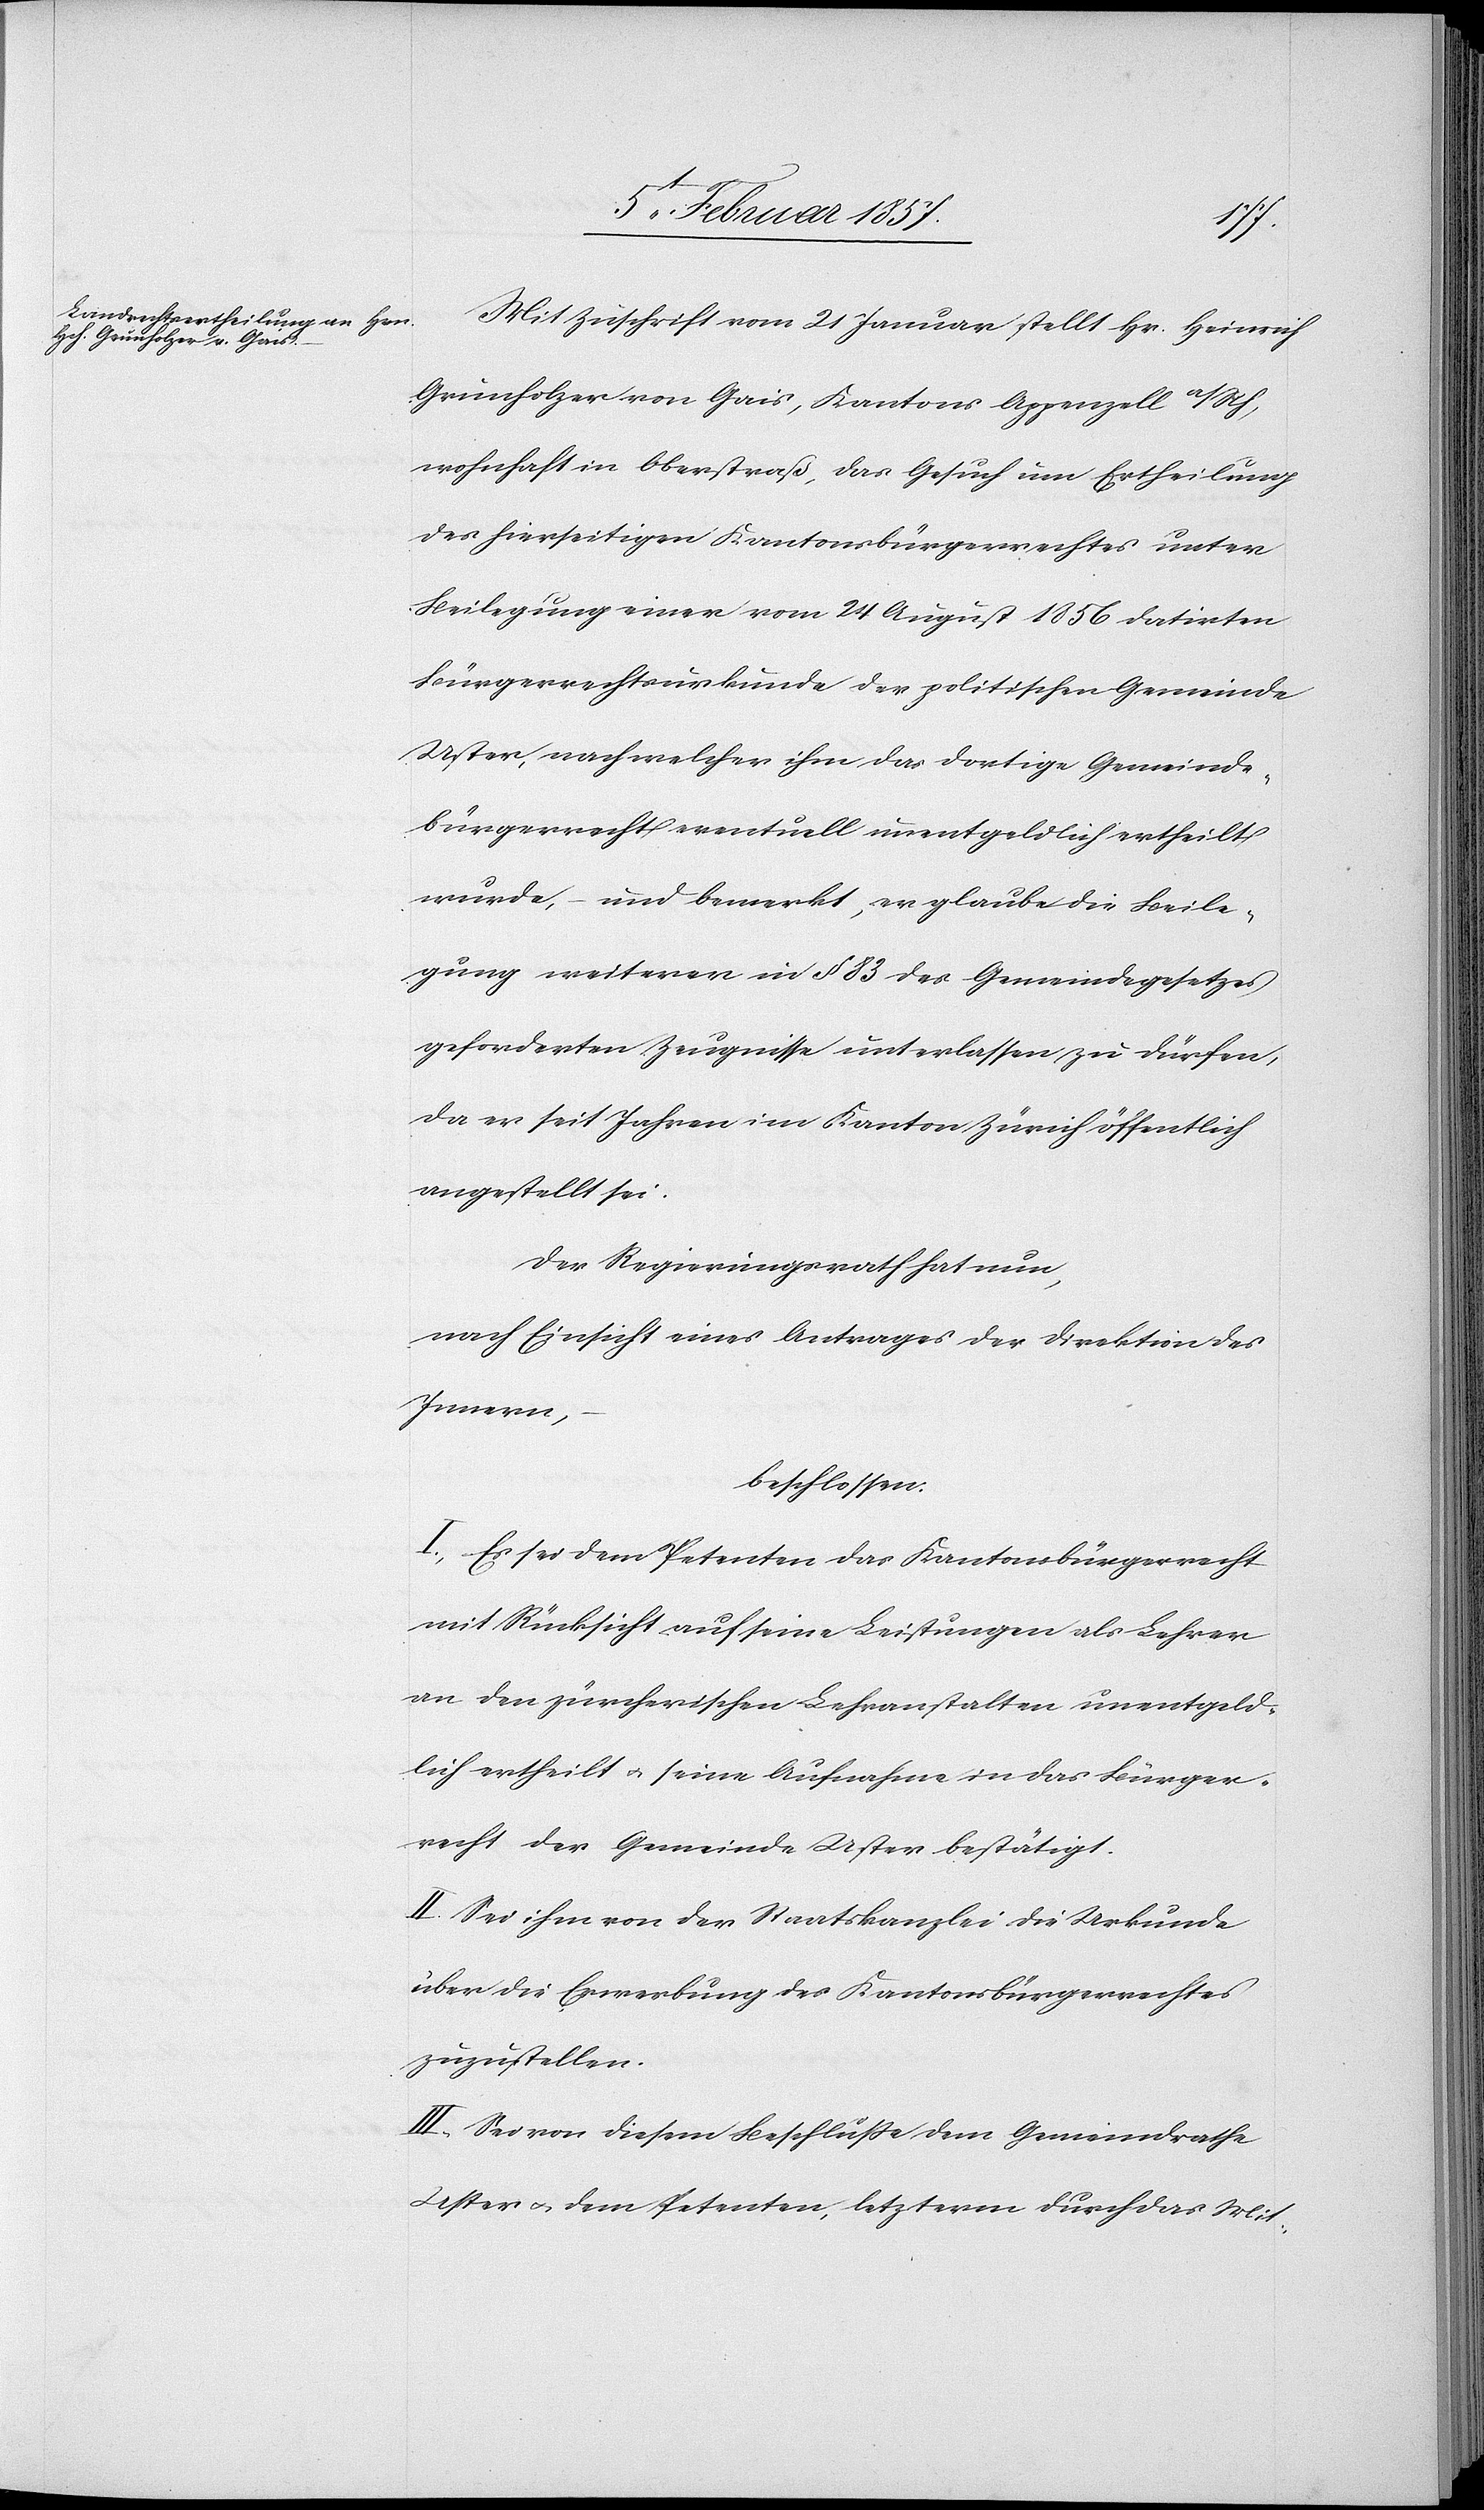
Mit Zuschrift vom 21 Januar stellt Hr. Heinrich
Grimholzer von Gais, Kantons Appenzell a/Rh,
wohnhaft in Oberstraß, das Gesuch um Ertheilung
des hierseitigen Kantonsbürgerrechtes unter
Beilegung einer vom 24 August 1856 datirten
Bürgerrechtsurkunde der politischen Gemeinde
Uster, nach welcher ihm das dortige Gemeinde¬
bürgerrecht eventuell unentgeldlich ertheilt
wurde, – und bemerkt, er glaube die Beile¬
gung weiterer in § 83 des Gemeindegesetzes
geforderten Zeugnisse unterlassen zu dürfen,
da er seit Jahren im Kanton Zürich öffentlich
angestellt sei.
Der Regierungsrath hat nun,
nach Einsicht eines Antrages der Direktion des
Innern,
beschlossen:
I. Es sei dem Petenten das Kantonsbürgerrecht
mit Rücksicht auf seine Leistung als Lehrer
an den zürcherischen Lehranstalten unentgeld¬
lich ertheilt u. seine Aufnahme in das Bürger¬
recht der Gemeinde Uster bestätigt.
II. Sei ihm von der Staatskanzlei die Urkunde
über die Erwerbung des Kantonsbürgerrechtes
zuzustellen.
III. Sei von diesem Beschluße dem Gemeindrathe
Uster & dem Petenten, letzterm durch das Mit-